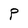
Character: P